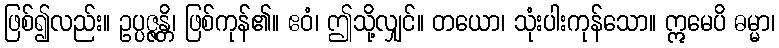
ဖြစ်၍လည်း။ ဥပ္ပဇ္ဇန္တိ၊ ဖြစ်ကုန်၏။ ဧဝံ၊ ဤသို့လျှင်။ တယော၊ သုံးပါးကုန်သော။ ဣမေပိ ဓမ္မာ၊